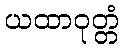
ယထာဝုတ္တံ